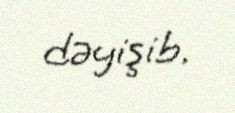
dəyişib.